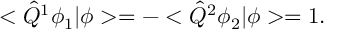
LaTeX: < \hat { Q } ^ { 1 } \phi _ { 1 } | \phi > = - < \hat { Q } ^ { 2 } \phi _ { 2 } | \phi > = 1 .